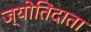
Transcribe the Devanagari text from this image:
ज्योतिदाता